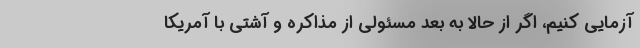
‌آزمایی کنیم، اگر از حالا به بعد مسئولی از مذاکره و آشتی با آمریکا